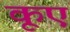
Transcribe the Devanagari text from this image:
कूएं